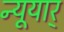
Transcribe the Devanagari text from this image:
न्यूयार्